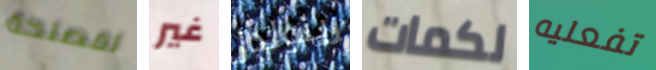
لمصلحة غير رينولدز لكمات تفعليه